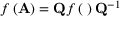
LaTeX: f \left( \mathbf { A } \right) = \mathbf { Q } f \left( \mathbf { \Lambda } \right) \mathbf { Q } ^ { - 1 }